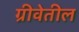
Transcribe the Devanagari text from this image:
ग्रीवेतील